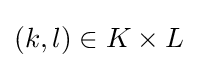
(k,l)\in K\times L